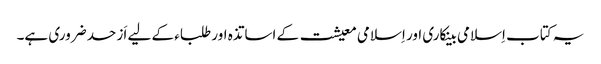
یہ کتاب اِسلامی بینکاری اور اِسلامی معیشت کے اساتذہ اور طلباء کے لیے اَز حد ضروری ہے۔